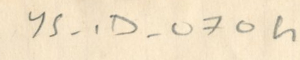
YS - 1D - 070h